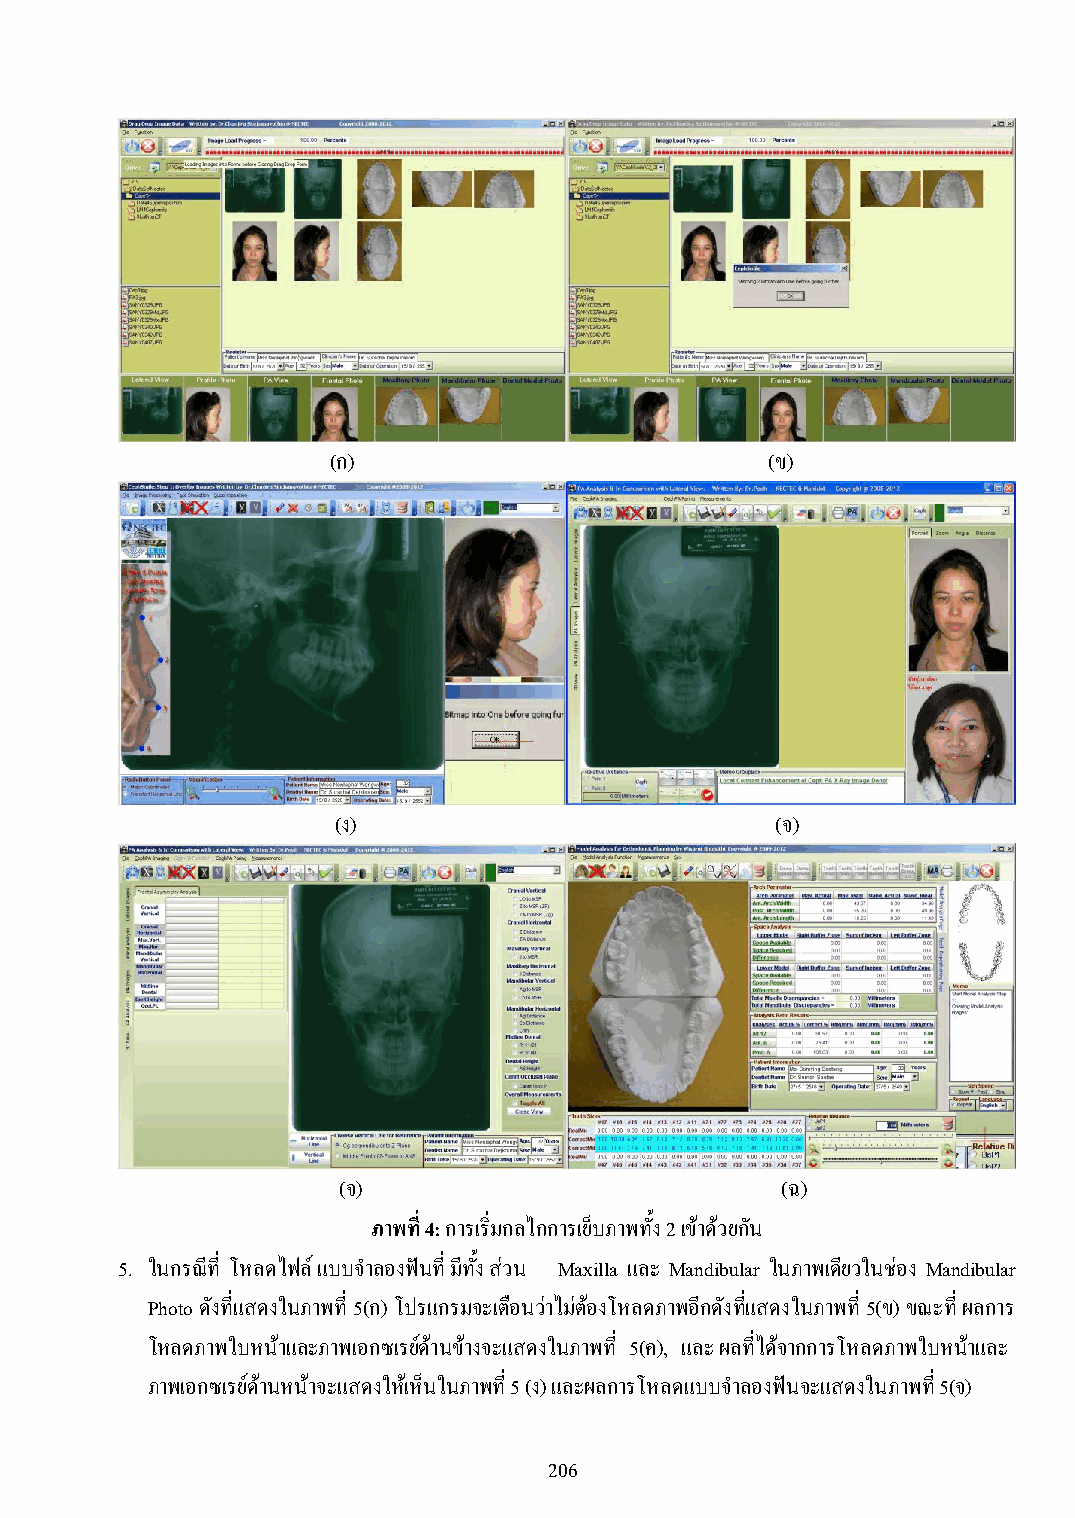
(ก)                          (ข)
 (ง)                          (จ)
 (จ)                           (ฉ)
 ภาพที่ 4: การเริ่มกลไกการเย็บภาพทั้ง 2 เข้าด้วยกัน
 5. ในกรณีที่ โหลดไฟล์ แบบจ าลองฟันที่ มีทั้ง ส่วน Maxilla และ Mandibular ในภาพเดียวในช่อง Mandibular
 Photo ดังที่แสดงในภาพที่ 5(ก) โปรแกรมจะเตือนว่าไม่ต้องโหลดภาพอีกดังที่แสดงในภาพที่ 5(ข) ขณะที่ ผลการ
 โหลดภาพใบหน้าและภาพเอกซเรย์ด้านข้างจะแสดงในภาพที่ 5(ค), และ ผลที่ได้จากการโหลดภาพใบหน้าและ
 ภาพเอกซเรย์ด้านหน้าจะแสดงให้เห็นในภาพที่ 5 (ง) และผลการโหลดแบบจ าลองฟันจะแสดงในภาพที่ 5(จ)
 206